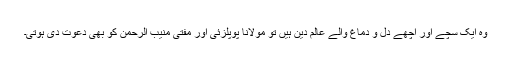
وہ ایک سچے اور اچھے دل و دماغ والے عالم دین ہیں تو مولانا پوپلزئی اور مفتی منیب الرحمن کو بھی دعوت دی ہوتی۔